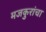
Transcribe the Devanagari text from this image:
मजकुरांचा